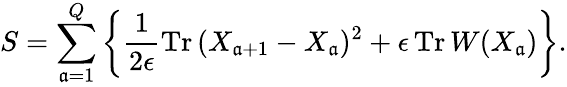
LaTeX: S=\sum_{\mathfrak{a}=1}^{Q}\left\{ \frac{{1}}{{2\epsilon}}\mathrm{{Tr}}\, (X_{\mathfrak{a}+1}-X_{\mathfrak{a}})^{2}+\epsilon\, \mathrm{{Tr}}\, W(X_{\mathfrak{a}})\right\} .